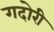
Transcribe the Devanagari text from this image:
गदोरी